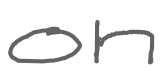
Text: on
Cross-out: clean
Writing tool: digital_gray